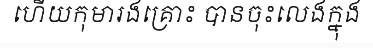
ហើយកុមារងគ្រោះ បានចុះលេងក្នុង